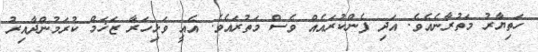
ހަތިޔާރު މަތުރާނެއެވެ. އަދި ފެންކުރައެއް ވެސް މަތުރައެވެ. އެއީ ވަޅިހަރާ ޒަޚަމް ކުރަމުންދާއިރު